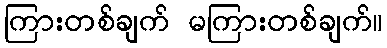
ကြားတစ်ချက် မကြားတစ်ချက်။